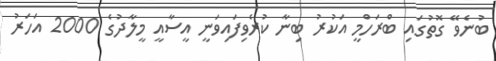
ބުނެވޭ ގޮތުގައި ބްރަހްމީ އަކުރު ބިނާ ކުރެވިފައިވަނީ އީސާއީ މީލާދުގެ 2000 އަހަރު